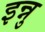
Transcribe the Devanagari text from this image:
इन्नु